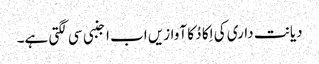
دیانت داری کی اِکا دُ کا آوازیں اب اجنبی سی لگتی ہے۔